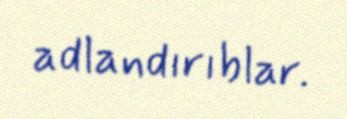
adlandırıblar.